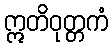
ဣတိဝုတ္တကံ